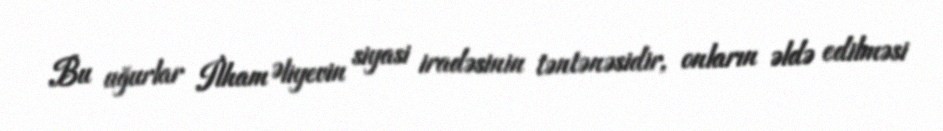
Bu uğurlar İlham Əliyevin siyasi iradəsinin təntənəsidir, onların əldə edilməsi